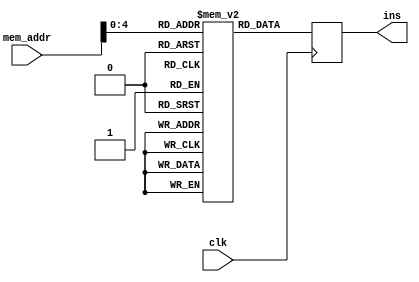
module instruction_fetch(input wire [15:0] mem_addr, output reg[31:0] ins, input clk );
reg [31:0]ins_address[31:0];


initial begin
  ins_address[0] = {6'b000000,5'b00001,5'b00010,5'b00000,5'b00000,6'b100000};  //add
  ins_address[1] = {6'b000000,5'b00001,5'b00010,5'b00000,5'b00000,6'b100010};  //sub
  ins_address[2] = {6'b000000,5'b00001,5'b00010,5'b00000,5'b00000,6'b100001}; //addu
  ins_address[3] = {6'b000000,5'b00001,5'b00010,5'b00000,5'b00000,6'b100011}; //subu
  ins_address[4] = {6'b000010,5'b00001,5'b00000,16'd1000}; //addi
  ins_address[5] = {6'b000001,5'b00001,5'b00000,16'd1000}; //addiu
  ins_address[6] = {6'b001100,5'b00001,5'b00010,5'b00000,5'b00000,6'b100100}; //and
  ins_address[7] = {6'b001100,5'b00001,5'b00010,5'b00000,5'b00000,6'b100101}; //or
  ins_address[8] = {6'b001101,5'b00001,5'b00000,16'd1000};//andi
  ins_address[9] = {6'b001011,5'b00001,5'b00000,16'd1000};//ori
  ins_address[10] = {6'b001111,5'b00001,5'b00010,5'b00000,5'd10,6'b000000};  //sll
  ins_address[11] = {6'b001010,5'b00001,5'b00000,5'b00000,5'd10,6'b000010};  //srl
  ins_address[12] = {6'b100001,5'b00001,5'b00000,16'd10};  //lw
  ins_address[13] = {6'b100000,5'b00001,5'b00000,16'd10}; //sw
  ins_address[14] = {6'b010100,5'b00001,5'b00000,16'd10};  //beq
  ins_address[15] = {6'b010101,5'b00001,5'b00000,16'd10}; //bne
  ins_address[16] = {6'b010111,5'b00001,5'b00000,16'd10}; //bgt
  ins_address[17] = {6'b010001,5'b00001,5'b00000,16'd10}; //bgte
  ins_address[18] = {6'b010011,5'b00001,5'b00000,16'd10}; //ble
  ins_address[19] = {6'b010101,5'b00001,5'b00000,16'd10}; //bleq
  ins_address[20] = {6'b111101,26'd10}; //j
  ins_address[21] =  {6'b111111,5'b00000,5'b00000,5'b00000,5'b00000,6'b001000};//jr
  ins_address[22] =  {6'b111110,5'b00000,5'b00000,5'b00000,5'b00000,6'b001001};//jal
  ins_address[23] =  {6'b101000,5'b00001,5'b00010,5'b00000,5'b00000,6'b101010};//slt
  ins_address[24] =  {6'b101001,5'b00001,5'b00000,16'd100};//slti

  



end
always@(posedge clk)begin
ins = ins_address[mem_addr];
end

endmodule